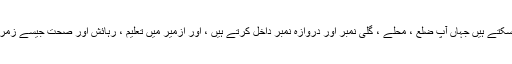
"پتہ کے قریب رک جاتا ہے" مینو میں In آپ پتے کے آس پاس کے اسٹاپس تک رسائی حاصل کرسکتے ہیں جہاں آپ ضلع ، محلے ، گلی نمبر اور دروازہ نمبر داخل کرتے ہیں ، اور ازمیر میں تعلیم ، رہائش اور صحت جیسے زمرے کے بہت سے مقامات تک "اہم نکات تک رسائی" کے مینو میں آپ رسائی حاصل کرسکتے ہیں۔